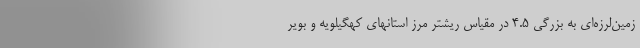
زمین‌لرزه‌ای به بزرگی ۴.۵ در مقیاس ریشتر مرز استانهای کهگیلویه و بویر